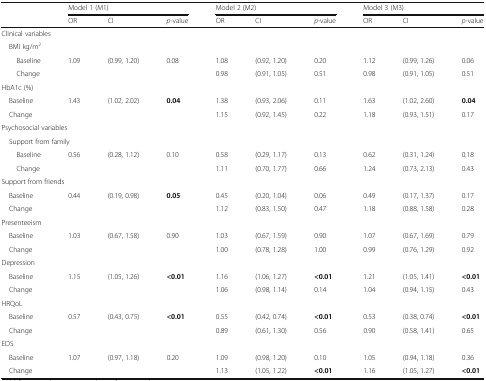
<table><thead><tr><td rowspan="2"></td><td colspan="3"><b>Model 1 (M1)</b></td><td colspan="3"><b>Model 2 (M2)</b></td><td colspan="3"><b>Model 3 (M3)</b></td></tr><tr><td><b>OR</b></td><td><b>CI</b></td><td><b><i>p</i>-value</b></td><td><b>OR</b></td><td><b>CI</b></td><td><b><i>p</i>-value</b></td><td><b>OR</b></td><td><b>CI</b></td><td><b><i>p</i>-value</b></td></tr></thead><tbody><tr><td colspan="10">Clinical variables</td></tr><tr><td colspan="10"> BMI kg/m<sup>2</sup></td></tr><tr><td>Baseline</td><td>1.09</td><td>(0.99, 1.20)</td><td>0.08</td><td>1.08</td><td>(0.92, 1.20)</td><td>0.20</td><td>1.12</td><td>(0.99, 1.26)</td><td>0.06</td></tr><tr><td>Change</td><td></td><td></td><td></td><td>0.98</td><td>(0.91, 1.05)</td><td>0.51</td><td>0.98</td><td>(0.91, 1.05)</td><td>0.51</td></tr><tr><td colspan="10">HbA1c (%)</td></tr><tr><td> Baseline</td><td>1.43</td><td>(1.02, 2.02)</td><td><b>0.04</b></td><td>1.38</td><td>(0.93, 2.06)</td><td>0.11</td><td>1.63</td><td>(1.02, 2.60)</td><td><b>0.04</b></td></tr><tr><td> Change</td><td></td><td></td><td></td><td>1.15</td><td>(0.92, 1.45)</td><td>0.22</td><td>1.18</td><td>(0.93, 1.51)</td><td>0.17</td></tr><tr><td colspan="10">Psychosocial variables</td></tr><tr><td colspan="10"> Support from family</td></tr><tr><td>Baseline</td><td>0.56</td><td>(0.28, 1.12)</td><td>0.10</td><td>0.58</td><td>(0.29, 1.17)</td><td>0.13</td><td>0.62</td><td>(0.31, 1.24)</td><td>0.18</td></tr><tr><td>Change</td><td></td><td></td><td></td><td>1.11</td><td>(0.70, 1.77)</td><td>0.66</td><td>1.24</td><td>(0.73, 2.13)</td><td>0.43</td></tr><tr><td colspan="10">Support from friends</td></tr><tr><td> Baseline</td><td>0.44</td><td>(0.19, 0.98)</td><td><b>0.05</b></td><td>0.45</td><td>(0.20, 1.04)</td><td>0.06</td><td>0.49</td><td>(0.17, 1.37)</td><td>0.17</td></tr><tr><td> Change</td><td></td><td></td><td></td><td>1.12</td><td>(0.83, 1.50)</td><td>0.47</td><td>1.18</td><td>(0.88, 1.58)</td><td>0.28</td></tr><tr><td colspan="10">Presenteeism</td></tr><tr><td> Baseline</td><td>1.03</td><td>(0.67, 1.58)</td><td>0.90</td><td>1.03</td><td>(0.67, 1.59)</td><td>0.90</td><td>1.07</td><td>(0.67, 1.69)</td><td>0.79</td></tr><tr><td> Change</td><td></td><td></td><td></td><td>1.00</td><td>(0.78, 1.28)</td><td>1.00</td><td>0.99</td><td>(0.76, 1.29)</td><td>0.92</td></tr><tr><td colspan="10">Depression</td></tr><tr><td> Baseline</td><td>1.15</td><td>(1.05, 1.26)</td><td><b>&lt;0.01</b></td><td>1.16</td><td>(1.06, 1.27)</td><td><b>&lt;0.01</b></td><td>1.21</td><td>(1.05, 1.41)</td><td><b>&lt;0.01</b></td></tr><tr><td> Change</td><td></td><td></td><td></td><td>1.06</td><td>(0.98, 1.14)</td><td>0.14</td><td>1.04</td><td>(0.94, 1.15)</td><td>0.43</td></tr><tr><td colspan="10">HRQoL</td></tr><tr><td> Baseline</td><td>0.57</td><td>(0.43, 0.75)</td><td><b>&lt;0.01</b></td><td>0.55</td><td>(0.42, 0.74)</td><td><b>&lt;0.01</b></td><td>0.53</td><td>(0.38, 0.74)</td><td><b>&lt;0.01</b></td></tr><tr><td> Change</td><td></td><td></td><td></td><td>0.89</td><td>(0.61, 1.30)</td><td>0.56</td><td>0.90</td><td>(0.58, 1.41)</td><td>0.65</td></tr><tr><td colspan="10">EDS</td></tr><tr><td> Baseline</td><td>1.07</td><td>(0.97, 1.18)</td><td>0.20</td><td>1.09</td><td>(0.98, 1.20)</td><td>0.10</td><td>1.05</td><td>(0.94, 1.18)</td><td>0.36</td></tr><tr><td> Change</td><td></td><td></td><td></td><td>1.13</td><td>(1.05, 1.22)</td><td><b>&lt;0.01</b></td><td>1.16</td><td>(1.05, 1.27)</td><td><b>&lt;0.01</b></td></tr></tbody></table>